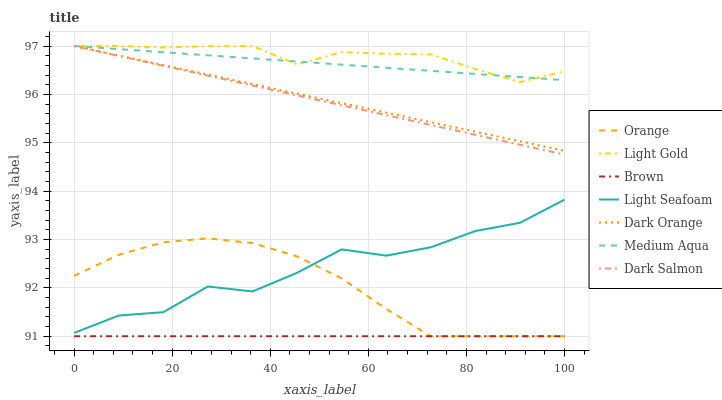
| xaxis_label | Orange | Light Gold | Brown | Light Seafoam | Dark Orange | Medium Aqua | Dark Salmon |
 | --- | --- | --- | --- | --- | --- | --- | --- |
 | 0 | 92.2 | 97 | 91 | 91.1 | 97 | 97 | 97 |
 | 9.09 | 92.7 | 97 | 91 | 91.4 | 96.8 | 96.9 | 96.8 |
 | 18.2 | 92.9 | 97 | 91 | 91.5 | 96.6 | 96.9 | 96.6 |
 | 27.3 | 93 | 97 | 91 | 92 | 96.4 | 96.8 | 96.4 |
 | 36.4 | 92.9 | 97 | 91 | 91.9 | 96.2 | 96.7 | 96.2 |
 | 45.5 | 92.7 | 96.6 | 91 | 92.3 | 96 | 96.7 | 96 |
 | 54.5 | 92.2 | 96.9 | 91 | 92.8 | 95.8 | 96.6 | 95.8 |
 | 63.6 | 91.6 | 96.8 | 91 | 92.7 | 95.6 | 96.6 | 95.6 |
 | 72.7 | 91 | 96.8 | 91 | 92.8 | 95.4 | 96.5 | 95.4 |
 | 81.8 | 91 | 96.5 | 91 | 93.2 | 95.2 | 96.4 | 95.2 |
 | 90.9 | 91 | 96.3 | 91 | 93.3 | 95 | 96.4 | 95 |
 | 100 | 91 | 96.5 | 91 | 93.8 | 94.8 | 96.3 | 94.8 |